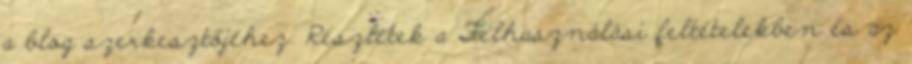
a blog szerkesztőjéhez. Részletek a Felhasználási feltételekben és az